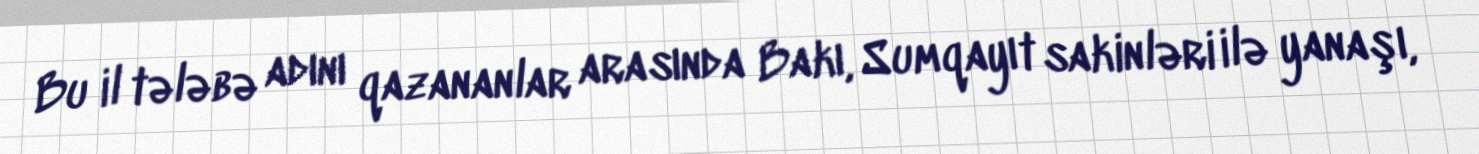
Bu il tələbə adını qazananlar arasında Bakı, Sumqayıt sakinləri ilə yanaşı,